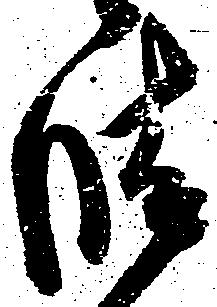
晴